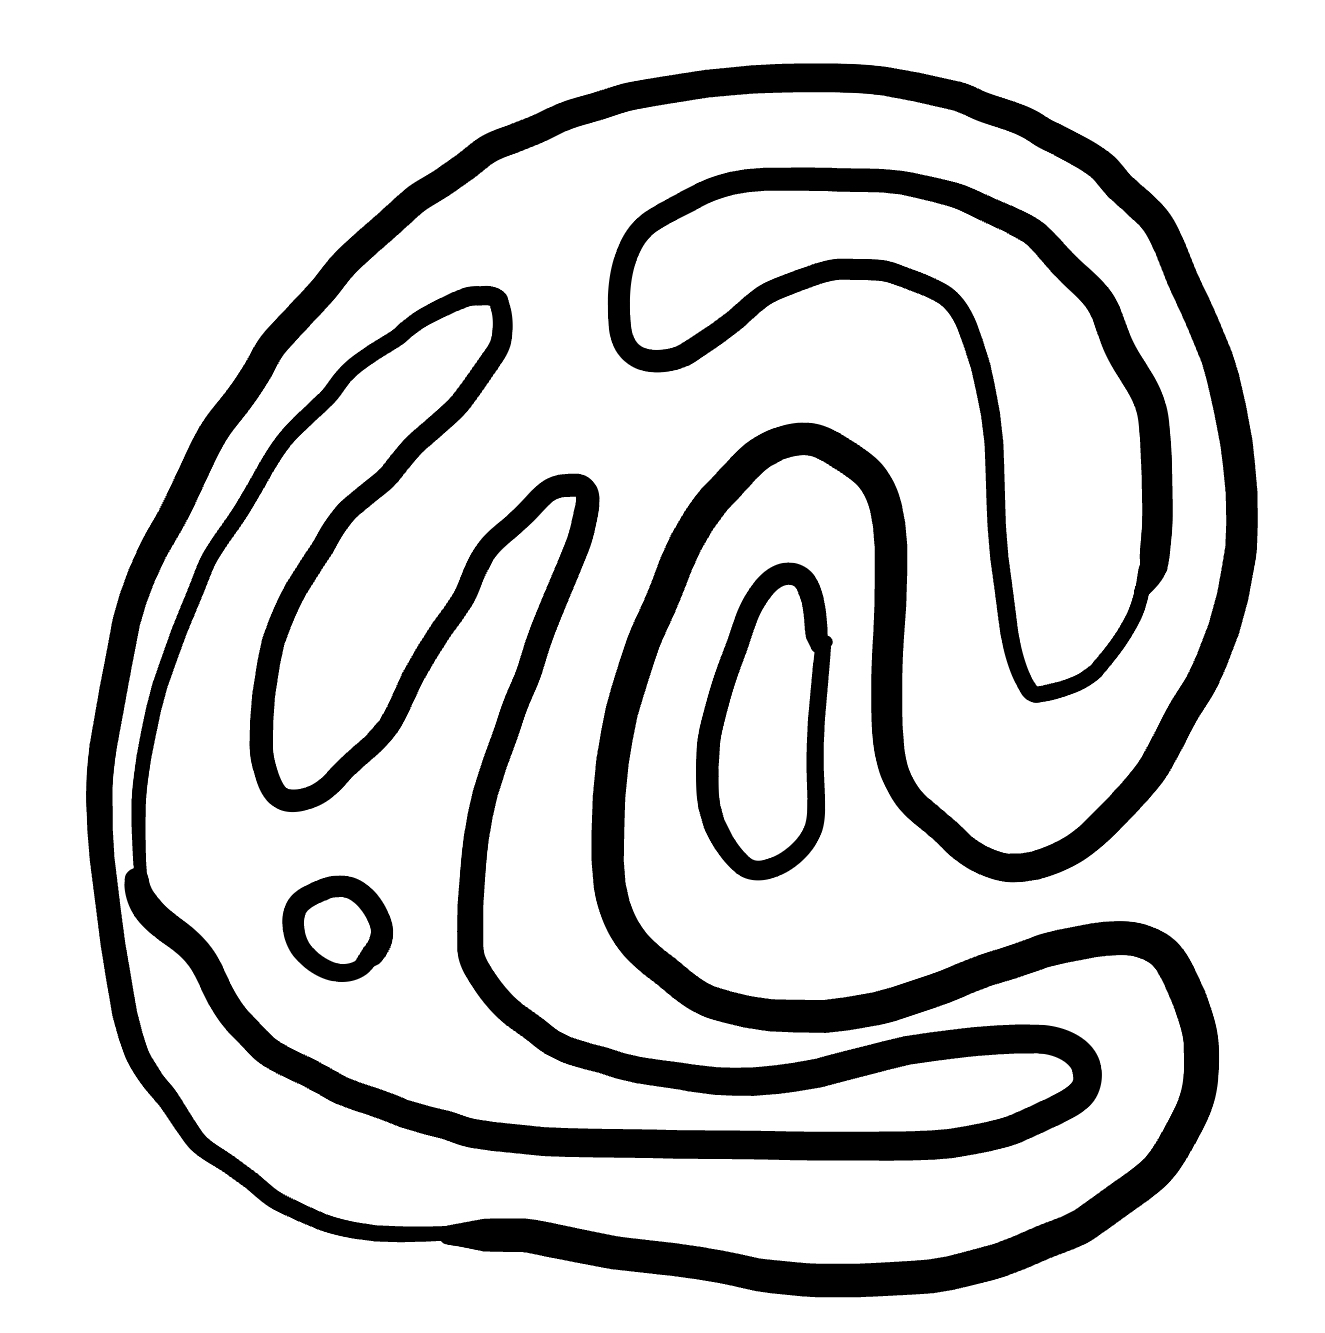
Number of regions (including the outer root region): 6
Containment tree edges (parent, child): 0, 1, 0, 2, 2, 3, 2, 5, 3, 4